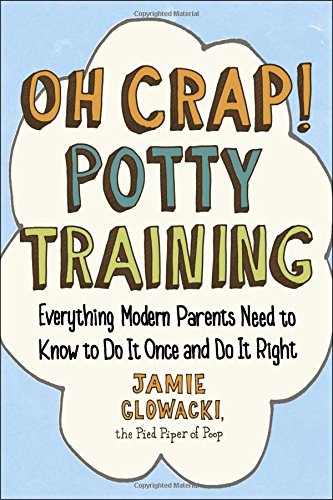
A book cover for Oh Crap! Potty Training: Everything Modern Parents Need to Know  to Do It Once and Do It Right; Jamie Glowacki; Parenting & Relationships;